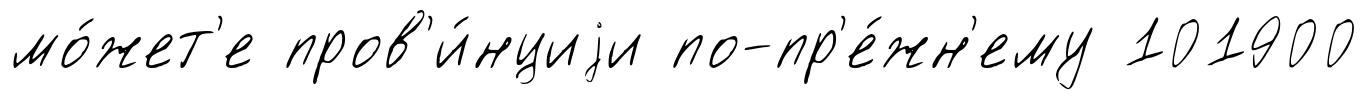
мо́жет'е пров'и́нциjи по-пр'е́жн'ему 101900